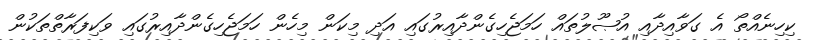
ކިހިނެއްތޯ އެ ގަވާއިދާއި އުޞޫލުތައް ހަމަޖެހިގެންދާއިރުގައި އަދި މިކަން މިހެން ހަމަޖެހިގެންދާއިރުގައި ވަކިފަރާތްތަކުން